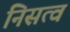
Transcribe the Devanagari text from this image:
निसत्व